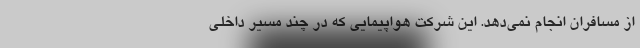
از مسافران انجام نمی‌دهد. این شرکت هواپیمایی که در چند مسیر داخلی